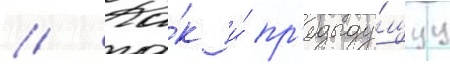
// Ка́к и́ пр'едыду́щуу